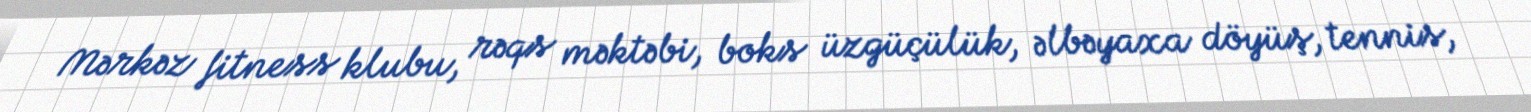
Mərkəz fitness klubu, rəqs məktəbi, boks üzgüçülük, əlbəyaxa döyüş, tennis,